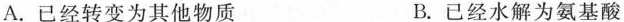
A. 已经转变为其他物质 B. 已经水解为氨基酸